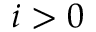
i > 0